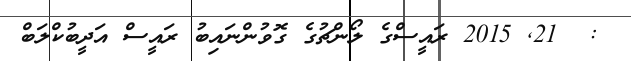
:  21